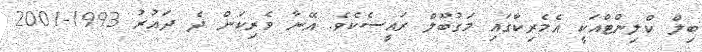
ބިލް ކްލިންޓްއަކީ އެމެރިކާގައި މަގުބޫލް ރައީސެކެވެ. އޭނާ ވެރިކަން ދެ ދައުރު 1993-2001